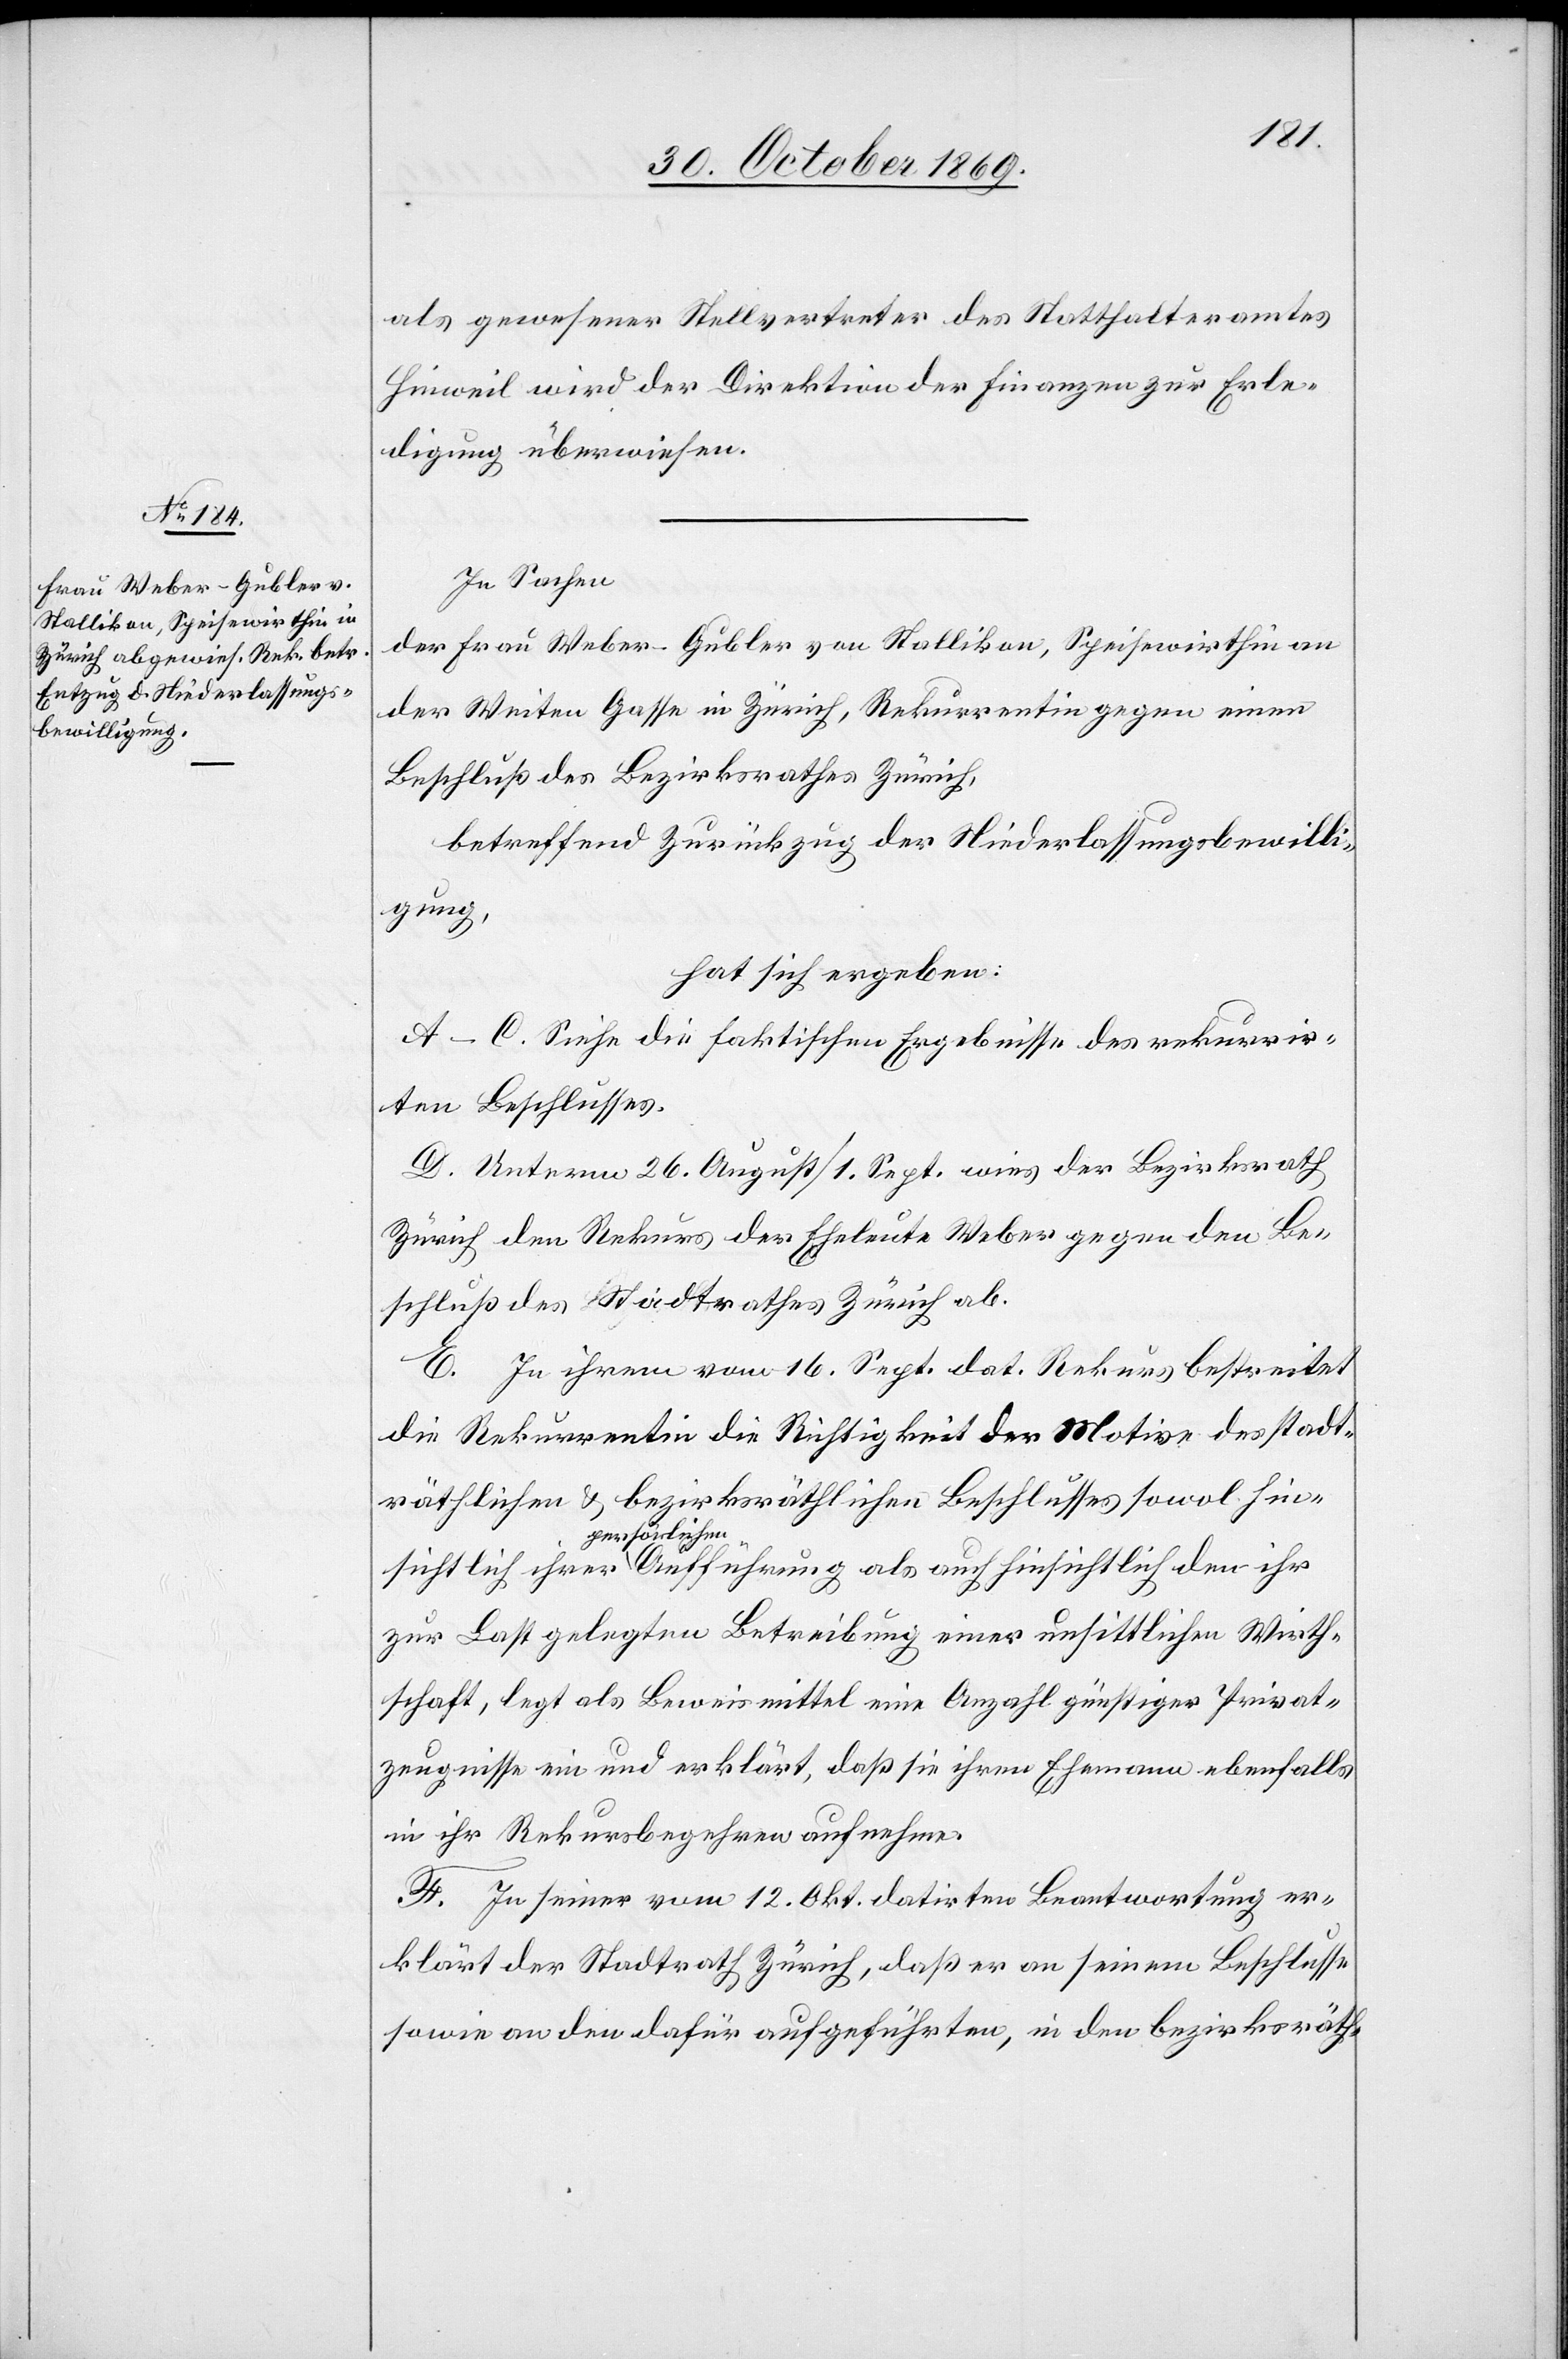
als gewesener Stellvertreter des Statthalteramtes
Hinweil wird der Direktion der Finanzen zur Erle¬
digung überwiesen.
In Sachen
der Frau Weber-Gubler von Stallikon, Speisewirthin an
der Weiten Gasse in Zürich, Rekurrentin gegen einen
Beschluß des Bezirksrathes Zürich,
betreffend Zurückzug der Niederlassungsbewilli¬
ichtlich
hat sich ergeben:
A–C. Siehe die faktischen Ergebnisse des rekurrir¬
ten Beschlusses.
D. Unterm 26. August / 1. Sept. wies der Bezirksrath
Zürich den Rekurs der Eheleute Weber gegen den Be¬
schluß des Stadtrathes Zürich ab.
E. In ihrem vom 16. Sept. dat. Rekurs bestreitet
die Rekurrentin die Richtigkeit der Motive des stadt¬
räthlichen & bezirksräthlichen Beschlusses sowol hins¬
persönlichen
zur Last gelegten Betreibung einer unsittlichen Wirth¬
schaft, legt als Beweismittel eine Anzahl günstiger Privat¬
zeugnisse ein und erklärt, daß sie ihren Ehemann ebenfalls
in ihr Rekursbegehren aufnehme.
F. In seiner vom 12. Okt. datirten Beantwortung er¬
klärt der Stadtrath Zürich, daß er an seinem Beschlusse
sowie an den dafür aufgeführten, in den bezirksräth-